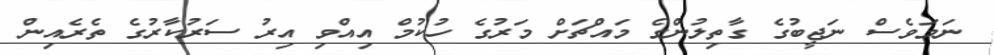
ނަމަވެސް ނަޖީބުގެ ގާތިލުންގެ މައްޗަށް މަރުގެ ހުކުމް އިއްވި އިރު ސަރުކާރުގެ ތެރެއިން